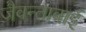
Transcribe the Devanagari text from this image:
जैवन्ताबाई